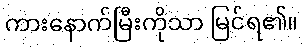
ကားနောက်မြီးကိုသာ မြင်ရ၏။